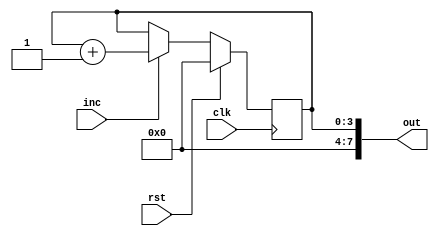
`default_nettype none
`timescale 1ns/1ps
module pc(
    input	clk,
    input 	rst,
    input 	inc,
    output[7:0] out
    );

    reg[3:0] pc;
    
    always @(posedge clk) begin
    	if (rst) begin
    	    pc <= 4'b0;
    	end else if (inc) begin
    	    pc <= pc + 1;
    	end
    end
    
    assign out = pc;

endmodule